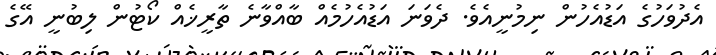
އެދުވަހުގެ އަޑުއެހުން ނިމުނީއެވެ. ދެވަނަ އަޑުއެހުމެއް ބާއްވާނެ ތާރީޚެއް ކޯޓުން ލިބުނީ އޭގެ